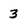
Character: 3